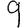
Digit: 9